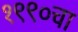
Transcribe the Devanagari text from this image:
१९९०चा